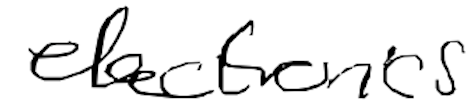
Text: electronics
Cross-out: clean
Writing tool: digital_black